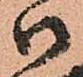
御